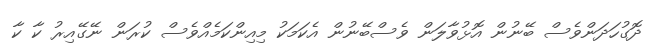
ދޮގުހަދަންވެސް ބޭނުން އޮޅުވާލަން ވެސްބޭނުން އެކަމަކު މިއިންކަމެއްވެސް ކުރަން ނޭގޭއިރު ކާ ކާ